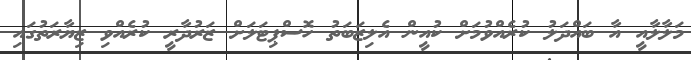
މަލާލާއީ އާ ބައްދަލު ކުރެއްވުމަށް ކުއީން އެލިޒަބަތު ހޮސްޕިޓަލަށް ޒަރުދާރީ ކުރެއްވި ޒިޔާރަތުގައި